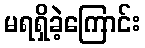
မရရှိခဲ့ကြောင်း